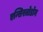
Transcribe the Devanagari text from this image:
एन्सिस्त्रोडोन